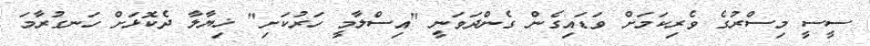
ސީސީ މިސްރުގެ ވެރިކަމަށް ވަޑައިގެން ގެންދަވަނީ "އިސްލާމީ ހަރުކަށި" ޚިޔާލާ ދެކޮޅަށް ހަނގުރާމަ